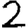
Digit: 2